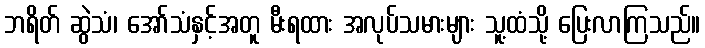
ဘရိတ် ဆွဲသံ၊ အော်သံနှင့်အတူ မီးရထား အလုပ်သမားများ သူ့ထံသို့ ပြေးလာကြသည်။